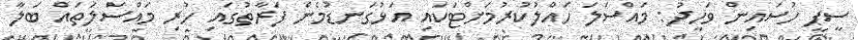
ސީޕީ ހުސައިން ވަހީދު: މައްސަލަ ހައްލުކުރުމަށްޓަކައި އަޅުގަނޑުމެން ފަރާތުގައި ހުރި މައްސަލަތައް ބަލާ